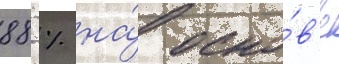
88 % на́ осно́в'е